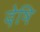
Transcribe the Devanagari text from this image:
देषि